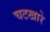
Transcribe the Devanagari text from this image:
चटखारे